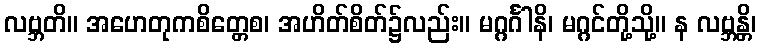
လဗ္ဘတိ။ အဟေတုကစိတ္တေစ၊ အဟိတ်စိတ်၌လည်း။ မဂ္ဂင်္ဂါနိ၊ မဂ္ဂင်တို့သို့။ န လဗ္ဘန္တိ၊